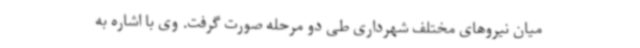
میان نیروهای مختلف شهرداری طی دو مرحله صورت گرفت. وی با اشاره به